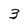
Character: 3